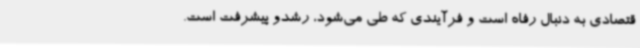
قتصادی به دنبال رفاه است و فرآیندی که طی می‌شود، رشدو پیشرفت است.